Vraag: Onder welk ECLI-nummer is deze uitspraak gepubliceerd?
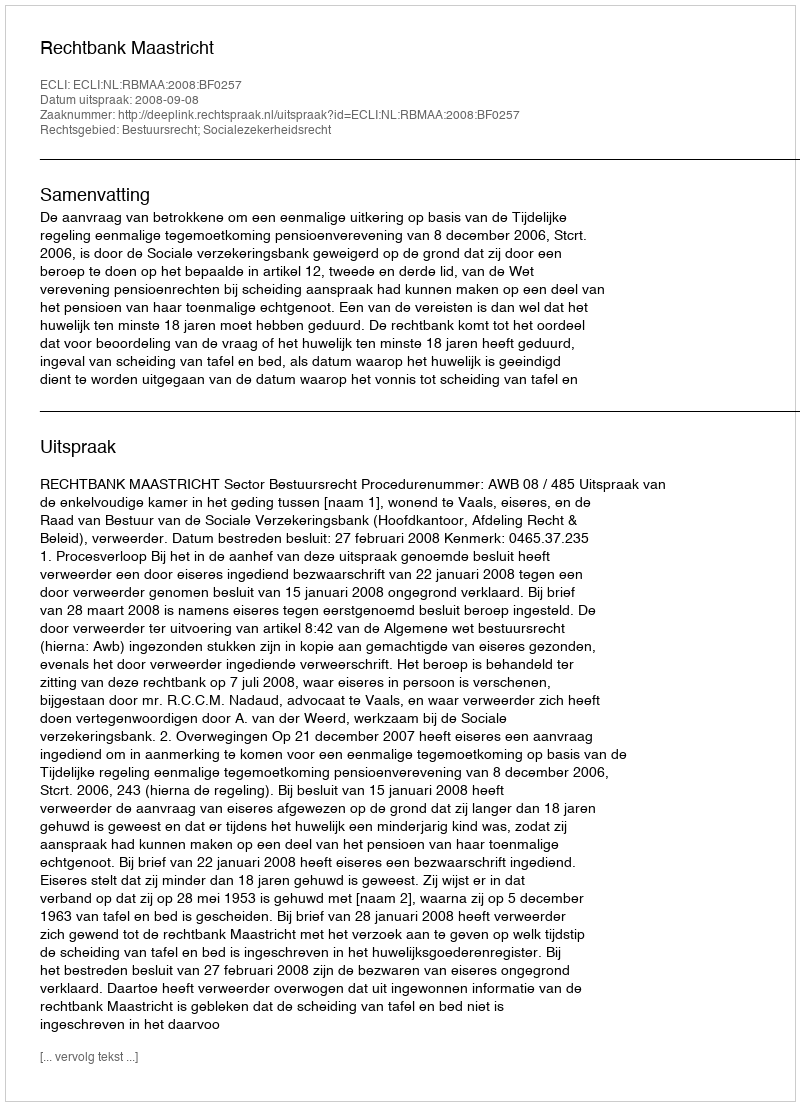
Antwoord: ECLI:NL:RBMAA:2008:BF0257